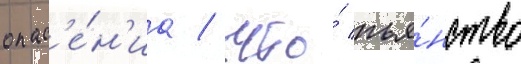
опас'е́н'иа / что́ пья́нство